Mental hospitals Bombay report 1929-33 - 1929-1933
Year: 1929
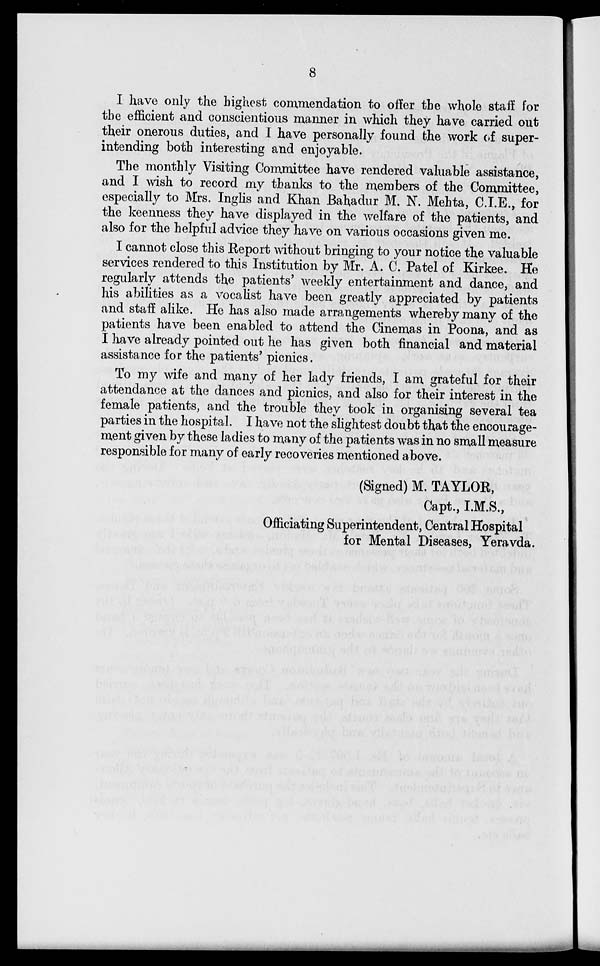
8
I have only the highest commendation to offer the whole staff for
the efficient and conscientious manner in which they have carried out
their onerous duties, and I have personally found the work of super-
intending both interesting and enjoyable.
The monthly Visiting Committee have rendered valuable assistance,
and I wish to record my thanks to the members of the Committee,
especially to Mrs. Inglis and Khan Bahadur M. N. Mehta, C.I.E., for
the keenness they have displayed in the welfare of the patients, and
also for the helpful advice they have on various occasions given me.
I cannot close this Report without bringing to your notice the valuable
services rendered to this Institution by Mr. A. C. Patel of Kirkee. He
regularly attends the patients' weekly entertainment and dance, and
his abilities as a vocalist have been greatly appreciated by patients
and staff alike. He has also made arrangements whereby many of the
patients have been enabled to attend the Cinemas in Poona, and as
I have already pointed out he has given both financial and material
assistance for the patients' picnics.
To my wife and many of her lady friends, I am grateful for their
attendance at the dances and picnics, and also for their interest in the
female patients, and the trouble they took in organising several tea
parties in the hospital. I have not the slightest doubt that the encourage-
ment given by these ladies to many of the patients was in no small measure
responsible for many of early recoveries mentioned above.
(Signed) M. TAYLOR,
Capt., I.M.S.,
Officiating Superintendent, Central Hospital
for Mental Diseases, Yeravda.